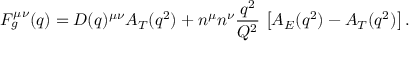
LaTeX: F _ { g } ^ { \mu \nu } ( q ) = D ( q ) ^ { \mu \nu } A _ { T } ( q ^ { 2 } ) + n ^ { \mu } n ^ { \nu } { \frac { q ^ { 2 } } { { \cal Q } ^ { 2 } } } \, \left[ A _ { E } ( q ^ { 2 } ) - A _ { T } ( q ^ { 2 } ) \right] .